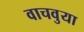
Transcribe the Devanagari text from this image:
वाचवुया